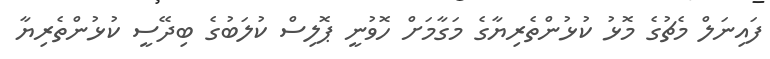
ފައިނަލް މެޗުގެ މޮޅު ކުޅުންތެރިޔާގެ މަގާމަށް ހޮވުނީ ޕޮލިސް ކުލަބުގެ ބިދޭސީ ކުޅުންތެރިޔާ